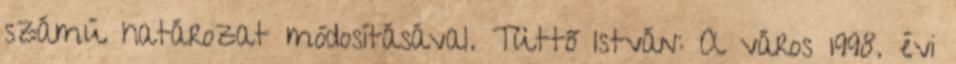
számú határozat módosításával. Tüttő István: A város 1998. évi